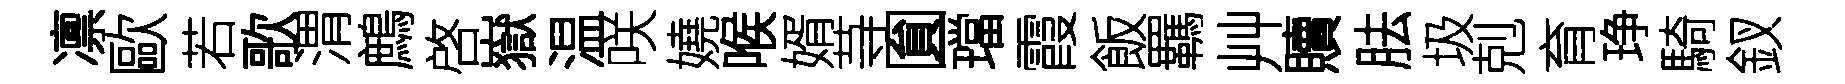
凛歐若歌渭鷓啓嶽温咲嬈喉婿䒭圎璫霞飯羈艸贖胠圾剋育琤騎釵